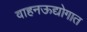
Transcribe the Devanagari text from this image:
वाहनऊद्योगात